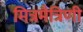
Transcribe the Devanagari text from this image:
मित्रमैत्रिणी